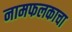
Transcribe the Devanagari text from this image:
नामफलकाचा